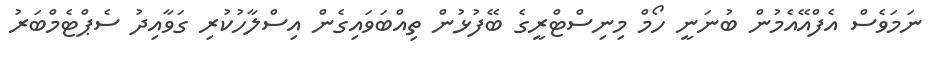
ނަމަވެސް އެފްއޭއެމުން ބުނަނީ ހޯމް މިނިސްޓްރީގެ ބޭފުޅުން ތިއްބަވައިގެން އިސްލާހުކުރި ގަވާއިދު ސެޕްޓެމްބަރު